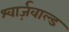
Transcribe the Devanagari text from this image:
श्वार्ज़वाल्ड